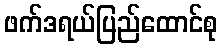
ဖက်ဒရယ်ပြည်ထောင်စု